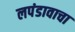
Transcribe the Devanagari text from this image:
लपंडावाचा